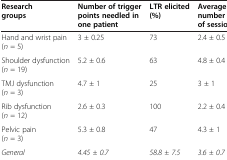
| Research groups | Number of trigger points needled in one patient | LTR elicited (%) | Average number of sessions |
 | --- | --- | --- | --- |
 | Hand and wrist pain (n = 5) | 3 ± 0.25 | 73 | 2.4 ± 0.5 |
 | Shoulder dysfunction (n = 19) | 5.2 ± 0.6 | 63 | 4.8 ± 0.4 |
 | TMJ dysfunction (n = 3) | 4.7 ± 1 | 25 | 3 ± 1 |
 | Rib dysfunction (n = 12) | 2.6 ± 0.3 | 100 | 2.2 ± 0.4 |
 | Pelvic pain (n = 3) | 5.3 ± 0.8 | 47 | 4.3 ± 1 |
 | General | 4.45 ± 0.7 | 58.8 ± 7.5 | 3.6 ± 0.7 |